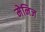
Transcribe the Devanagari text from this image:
मेनिज